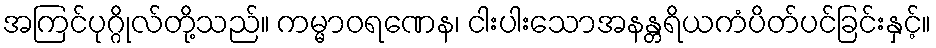
အကြင်ပုဂ္ဂိုလ်တို့သည်။ ကမ္မာဝရဏေန၊ ငါးပါးသောအနန္တရိယကံပိတ်ပင်ခြင်းနှင့်။